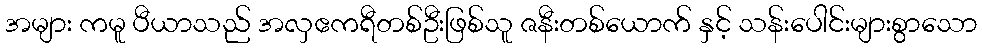
အများ ကမူ ပီယာသည် အလှဧကရီတစ်ဦးဖြစ်သူ ဇနီးတစ်ယောက် နှင့် သန်းပေါင်းများစွာသော